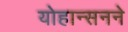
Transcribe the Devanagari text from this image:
योहान्सनने